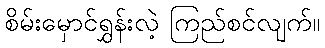
စိမ်းမှောင်ရွှန်းလဲ့ ကြည်စင်လျက်။